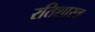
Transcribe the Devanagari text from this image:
रतिशास्त्र